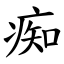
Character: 痴